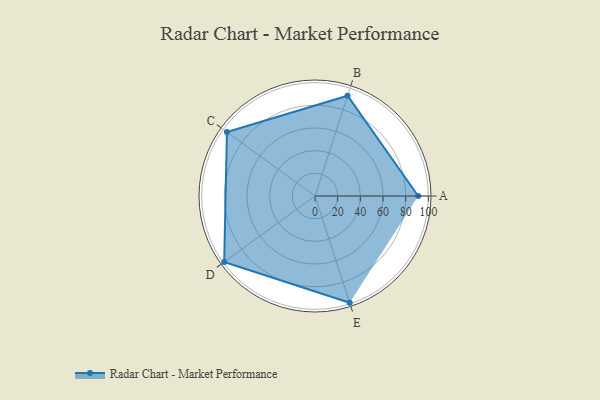
{"axis": {"x": "Skill", "y": "Score"}, "legend": ["Profile"], "data": [{"x": "A", "y": 91.0, "type": "Profile"}, {"x": "B", "y": 93.0, "type": "Profile"}, {"x": "C", "y": 96.0, "type": "Profile"}, {"x": "D", "y": 99.0, "type": "Profile"}, {"x": "E", "y": 99, "type": "Profile"}]}